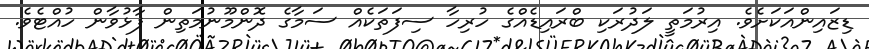
ޑިޒައިންއަކަށެވެ. އިރުމަތީ ލަދުރަކި ބްރައިޑެއްގެ ހުރިހާ ސިފަތަކެއް ސަމާގެ ދޮންމޫނުމަތިން ފާޅުވާން ހުއްޓެވެ.